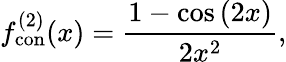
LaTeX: f_{\mathrm{con}}^{(2)}(x)=\frac{1-\cos\left(2x\right)}{2x^{2}},